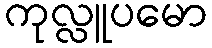
ကုလ္လူပမော